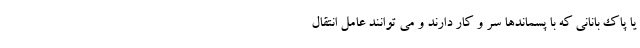
یا پاک بانانی که با پسماندها سر و کار دارند و می توانند عامل انتقال